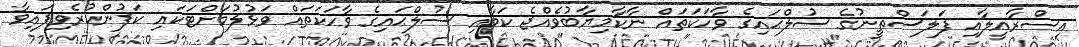
އިސްރާއީލާއި ފަލަސްތީނުގެ ސުލްޙައިގެ ވާހަކަތައް ނާކާމިޔާބުވެއްޖެ ކަމާއި ސުލްޙައިގެ ވާހަކަތައް ވަޅުލުމަށްޓަކައި ކަފުންކުރެވިފައިވާ